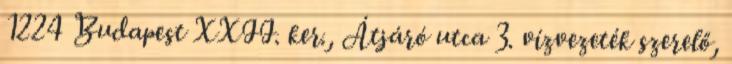
1224 Budapest XXII. ker., Átjáró utca 3. vízvezeték szerelő,